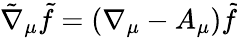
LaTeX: \tilde{\nabla}_{\mu}\tilde{f}=(\nabla_{\mu}-A_{\mu})\tilde{f}